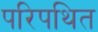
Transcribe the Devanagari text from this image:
परिपथित